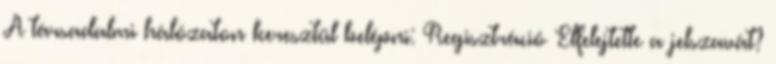
A társadalmi hálózaton keresztül belépni: Regisztráció Elfelejtette a jelszavát?